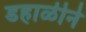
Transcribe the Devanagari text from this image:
डहाळीने